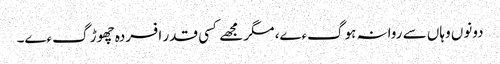
دونوں وہاں سے روانہ ہوگءے، مگر مجھے کسی قدر افسردہ چھوڑ گءے۔